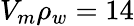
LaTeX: V_{m}\rho_{w}=14